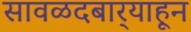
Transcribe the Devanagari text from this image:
सावळदबार्‍याहून